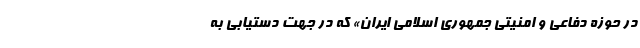
در حوزه دفاعی و امنیتی جمهوری اسلامی ایران» که در جهت دستیابی به